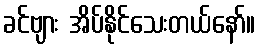
ခင်ဗျား အိပ်နိုင်သေးတယ်နော်။